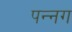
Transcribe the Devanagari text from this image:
पन्‍नग